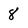
Character: 8